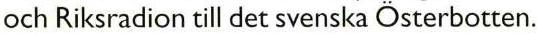
och Riksradion till det svenska Österbotten.